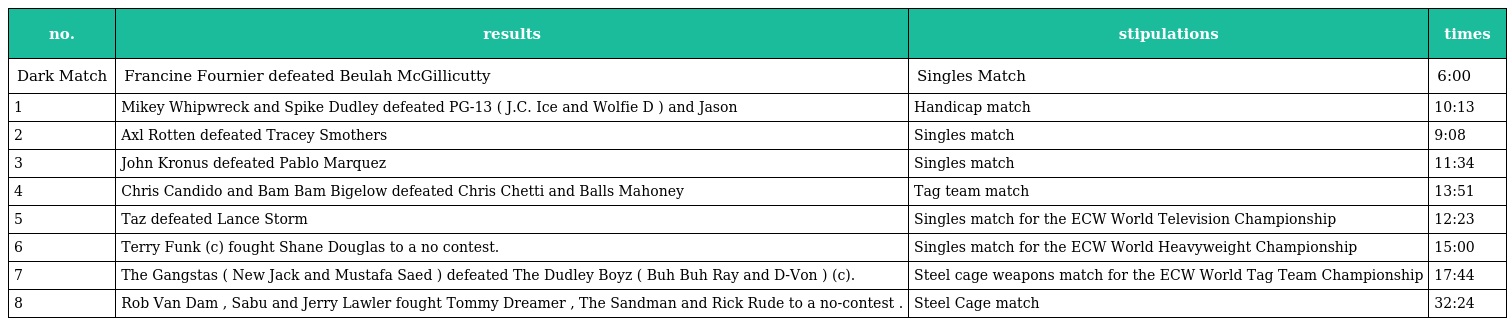
| no. | results | stipulations | times |
 | --- | --- | --- | --- |
 | Dark Match | Francine Fournier defeated Beulah McGillicutty | Singles Match | 6:00 |
 | 1 | Mikey Whipwreck and Spike Dudley defeated PG-13 ( J.C. Ice and Wolfie D ) and Jason | Handicap match | 10:13 |
 | 2 | Axl Rotten defeated Tracey Smothers | Singles match | 9:08 |
 | 3 | John Kronus defeated Pablo Marquez | Singles match | 11:34 |
 | 4 | Chris Candido and Bam Bam Bigelow defeated Chris Chetti and Balls Mahoney | Tag team match | 13:51 |
 | 5 | Taz defeated Lance Storm | Singles match for the ECW World Television Championship | 12:23 |
 | 6 | Terry Funk (c) fought Shane Douglas to a no contest. | Singles match for the ECW World Heavyweight Championship | 15:00 |
 | 7 | The Gangstas ( New Jack and Mustafa Saed ) defeated The Dudley Boyz ( Buh Buh Ray and D-Von ) (c). | Steel cage weapons match for the ECW World Tag Team Championship | 17:44 |
 | 8 | Rob Van Dam , Sabu and Jerry Lawler fought Tommy Dreamer , The Sandman and Rick Rude to a no-contest . | Steel Cage match | 32:24 |